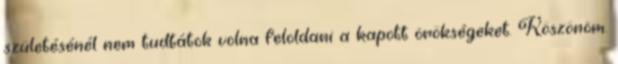
születésénél nem tudtátok volna feloldani a kapott örökségeket. Köszönöm.